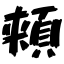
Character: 頬